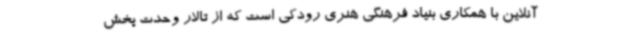
آنلاین با همکاری بنیاد فرهنگی هنری رودکی است که از تالار وحدت پخش